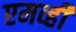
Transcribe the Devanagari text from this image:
एमव्ही